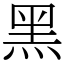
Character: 黑